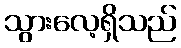
သွားလေ့ရှိသည်